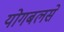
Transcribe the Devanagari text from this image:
योगबलसे